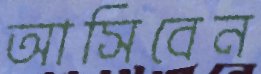
আসিবেন